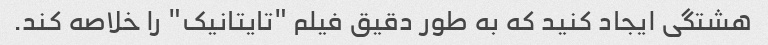
هشتگی ایجاد کنید که به طور دقیق فیلم "تایتانیک" را خلاصه کند.